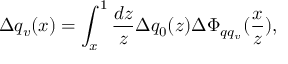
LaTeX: \Delta q _ { v } ( x ) = \int _ { x } ^ { 1 } \frac { d z } { z } \Delta q _ { 0 } ( z ) \Delta \Phi _ { q q _ { v } } ( \frac { x } { z } ) ,